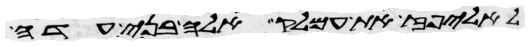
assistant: לאליפז את עמלק אלה בני עדה